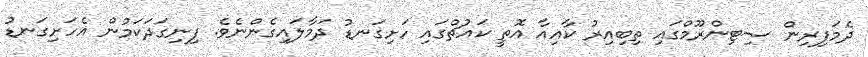
ދެމަފިރިން ސިޓިންރޫމްގައި ތިބިއިރު ކާއިއާ އޮތީ ކައުޗްގައި ހަށިގަނޑު ދަމާލައިގެންނެވެ. ފިނިގަދަކަމުން އެހަށިގަނޑު